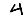
Digit: 4